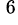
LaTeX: ^{\, 6}